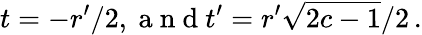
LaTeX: t=-r^{\prime}/2,\mathrm{~a~n~d~}t^{\prime}=r^{\prime}\sqrt{2c-1}/2\, .